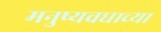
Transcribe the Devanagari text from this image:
मनुष्यवधाच्या